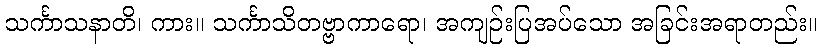
သင်္ကာသနာတိ၊ ကား။ သင်္ကာသိတဗ္ဗာကာရော၊ အကျဉ်းပြအပ်သော အခြင်းအရာတည်း။